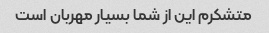
متشکرم این از شما بسیار مهربان است